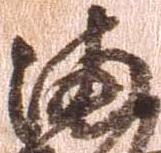
満